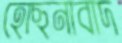
হোছনাবাদ